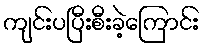
ကျင်းပပြီးစီးခဲ့ကြောင်း